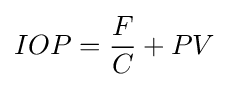
IOP={\frac {F}{C}}+PV